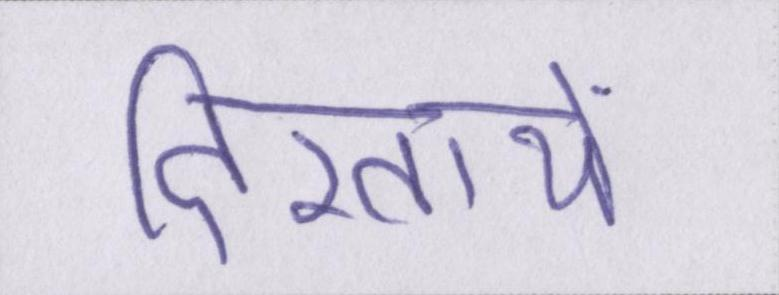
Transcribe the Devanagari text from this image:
दिखायें